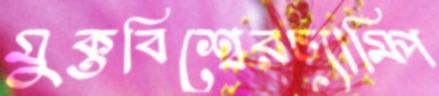
মুক্তবিশ্বেরচ্যাম্পি